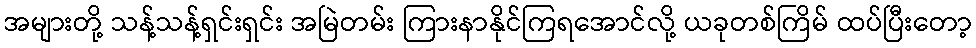
အများတို့ သန့်သန့်ရှင်းရှင်း အမြဲတမ်း ကြားနာနိုင်ကြရအောင်လို့ ယခုတစ်ကြိမ် ထပ်ပြီးတော့